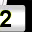
Digit: 2